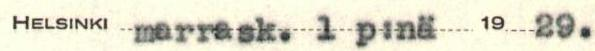
Helsinki marrask. 1 p:nä 19 29.